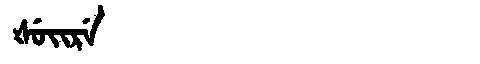
Manchu: ᡧᡠᡳᡵᡝ
Romanization: ŠUIRE